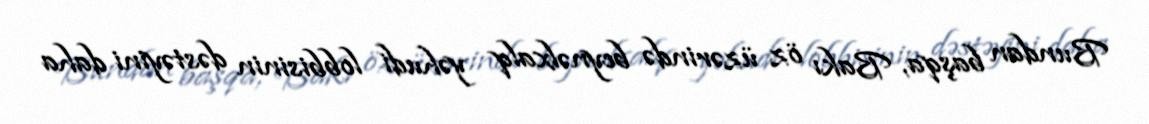
Bundan başqa, Bakı öz üzərində beynəlxalq yəhudi lobbisinin dəstəyini daha